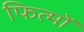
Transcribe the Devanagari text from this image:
फित्मों